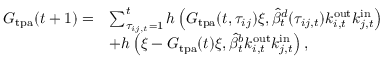
\begin{array} { r l } { G _ { \mathrm { t p a } } ( t + 1 ) = } & { \sum _ { \tau _ { i j , t } = 1 } ^ { t } h \left( G _ { \mathrm { t p a } } ( t , \tau _ { i j } ) \xi , \widehat { \beta } _ { t } ^ { d } ( \tau _ { i j , t } ) k _ { i , t } ^ { \mathrm { o u t } } k _ { j , t } ^ { \mathrm { i n } } \right) } \\ & { + h \left( \xi - G _ { \mathrm { t p a } } ( t ) \xi , \widehat { \beta } _ { t } ^ { b } k _ { i , t } ^ { \mathrm { o u t } } k _ { j , t } ^ { \mathrm { i n } } \right) , } \end{array}